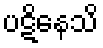
ပဋိနေသိ